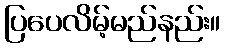
ပြပေလိမ့်မည်နည်း။